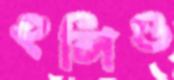
হুলিও